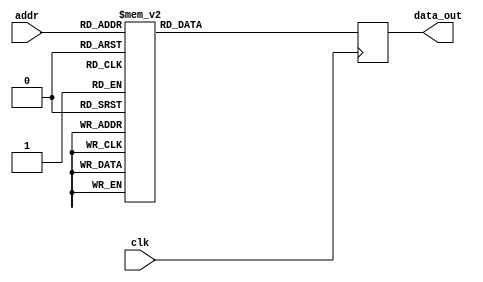
module twiddle_ROM_real_12(
    input wire clk,
    input wire [4:0] addr,
    output reg [15:0] data_out
);

always @(posedge clk) begin
    case(addr)
5'b00000: data_out <= 16'h0100 ;
5'b00001: data_out <= 16'h0100 ;
5'b00010: data_out <= 16'h0100 ;
5'b00011: data_out <= 16'h0100 ;
5'b00100: data_out <= 16'h0100 ;
5'b00101: data_out <= 16'h0000 ;
5'b00110: data_out <= 16'h0100 ;
5'b00111: data_out <= 16'h0000 ;
5'b01000: data_out <= 16'h0100 ;
5'b01001: data_out <= 16'h00B5 ;
5'b01010: data_out <= 16'h0000 ;
5'b01011: data_out <= 16'hFF4A ;
5'b01100: data_out <= 16'h0100 ;
5'b01101: data_out <= 16'h00EC ;
5'b01110: data_out <= 16'h00B5 ;
5'b01111: data_out <= 16'h0061 ;
5'b10000: data_out <= 16'h0100 ;
5'b10001: data_out <= 16'h00FB ;
5'b10010: data_out <= 16'h00EC ;
5'b10011: data_out <= 16'h00D4 ;
5'b10100: data_out <= 16'h0000 ;
5'b10101: data_out <= 16'hFFE6 ;
5'b10110: data_out <= 16'hFFCE ;
5'b10111: data_out <= 16'hFFB5 ;
5'b11000: data_out <= 16'hFF4A ;
5'b11001: data_out <= 16'hFF42 ;
5'b11010: data_out <= 16'hFF3A ;
5'b11011: data_out <= 16'hFF32 ;


        default: data_out <= 16'h00000;
    endcase
end

endmodule